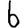
Digit: 6